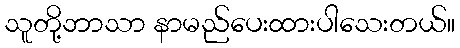
သူတို့ဘာသာ နာမည်ပေးထားပါသေးတယ်။